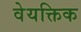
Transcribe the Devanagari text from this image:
वेयक्तिक